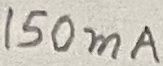
Text: 150mA